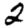
Digit: 2